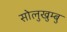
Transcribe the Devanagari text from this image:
सोलुखुम्बु